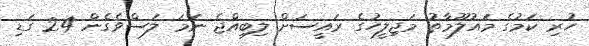
ހުރި ކަމުގެ މައުލޫމާތު މަޖިލީހުގެ ރައީސަށް ލިބިއްޖެ ނަމަ ލަސްވެގެން 24 ގަޑި